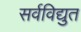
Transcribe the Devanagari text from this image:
सर्वविद्युत